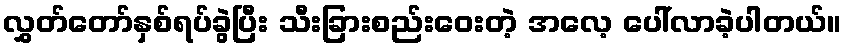
လွှတ်တော်နှစ်ရပ်ခွဲပြီး သီးခြားစည်းဝေးတဲ့ အလေ့ ပေါ်လာခဲ့ပါတယ်။